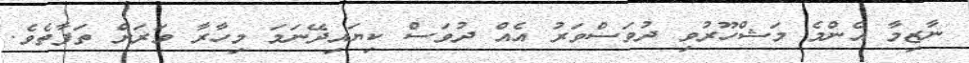
ނާޒިމާ އެންމެ މަޝްހޫރުވި ދުވަސްވަރު އެއް ދުވަސް ކިޔައިދޭނަމަ މިހާރާ ވަރަށް ތަފާތެވެ.